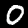
Digit: 0